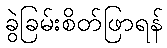
ခွဲခြမ်းစိတ်ဖြာရန်